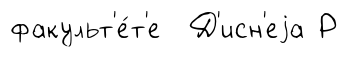
факульт'е́т'е Д'исн'еjа Р